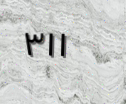
٣١١